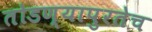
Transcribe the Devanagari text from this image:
तोडण्यापुरतेच